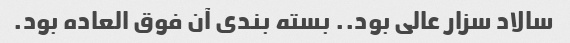
سالاد سزار عالی بود.. بسته بندی آن فوق العاده بود.